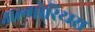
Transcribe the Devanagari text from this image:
अल्गोरिथ्म्स